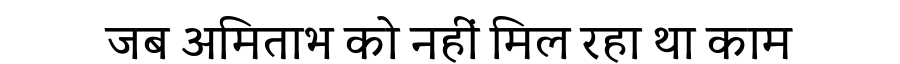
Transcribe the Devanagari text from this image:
जब अमिताभ को नहीं मिल रहा था काम